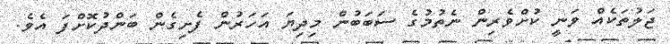
ޖަލުތަކެއް ވަނީ ކުށްވެރިން ނެތުމުގެ ސަބަބުން މިދިޔަ އަހަރުން ފެށިގެން ބަންދުކޮށްފަ އެވެ.